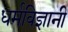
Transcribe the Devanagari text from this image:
धर्मविज्ञानी